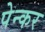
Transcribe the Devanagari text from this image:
पेन्कर